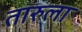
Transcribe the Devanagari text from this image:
तारुला